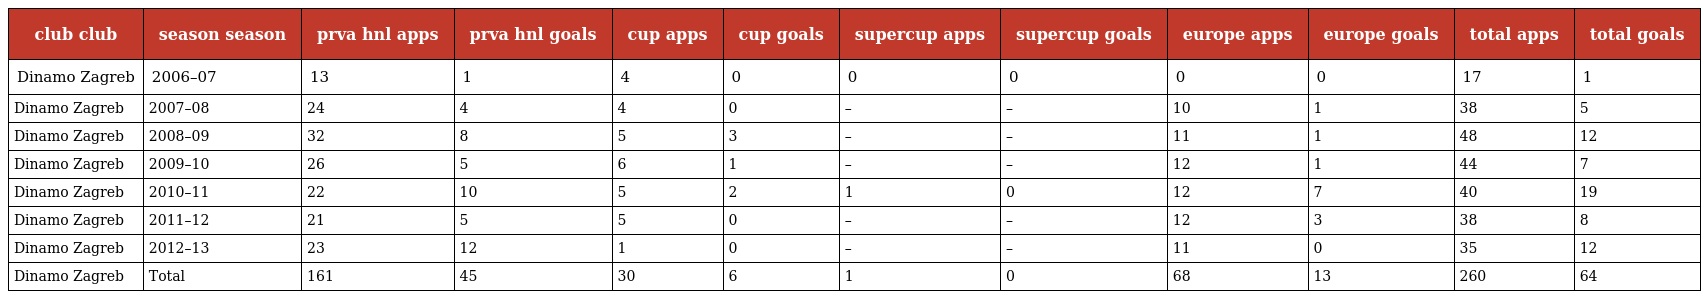
| club club | season season | prva hnl apps | prva hnl goals | cup apps | cup goals | supercup apps | supercup goals | europe apps | europe goals | total apps | total goals |
 | --- | --- | --- | --- | --- | --- | --- | --- | --- | --- | --- | --- |
 | Dinamo Zagreb | 2006–07 | 13 | 1 | 4 | 0 | 0 | 0 | 0 | 0 | 17 | 1 |
 | Dinamo Zagreb | 2007–08 | 24 | 4 | 4 | 0 | – | – | 10 | 1 | 38 | 5 |
 | Dinamo Zagreb | 2008–09 | 32 | 8 | 5 | 3 | – | – | 11 | 1 | 48 | 12 |
 | Dinamo Zagreb | 2009–10 | 26 | 5 | 6 | 1 | – | – | 12 | 1 | 44 | 7 |
 | Dinamo Zagreb | 2010–11 | 22 | 10 | 5 | 2 | 1 | 0 | 12 | 7 | 40 | 19 |
 | Dinamo Zagreb | 2011–12 | 21 | 5 | 5 | 0 | – | – | 12 | 3 | 38 | 8 |
 | Dinamo Zagreb | 2012–13 | 23 | 12 | 1 | 0 | – | – | 11 | 0 | 35 | 12 |
 | Dinamo Zagreb | Total | 161 | 45 | 30 | 6 | 1 | 0 | 68 | 13 | 260 | 64 |